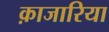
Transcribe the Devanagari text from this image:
क़ाजारिया